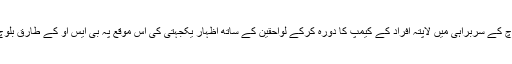
بلوچ اسٹوڈنٹس آرگنائزیشن پجار کے وفد نے مرکزی آرگنائزر ملک زبیر بلوچ کے سربراہی میں لاپتہ افراد کے کیمپ کا دورہ کرکے لواحقین کے ساتھ اظہار یکجہتی کی اس موقع پہ بی ایس او کے طارق بلوچ، بابل ملک ، شکیل بلوچ صمد صادق بلوچ خالد میر ودیگر بھی موجود تھے۔